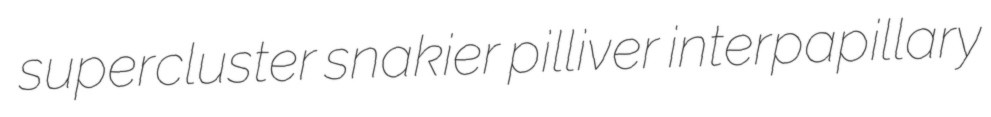
supercluster snakier pilliver interpapillary